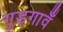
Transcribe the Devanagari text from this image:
गुड़गावँ